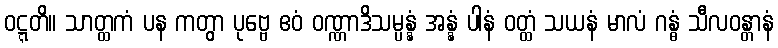
ဝဋ္ဋတိ။ သာတ္ထကံ ပန ကတွာ ပုဗ္ဗေ ဧဝံ ဝဏ္ဏာဒိသမ္ပန္နံ အန္နံ ပါနံ ဝတ္ထံ သယနံ မာလံ ဂန္ဓံ သီလဝန္တာနံ